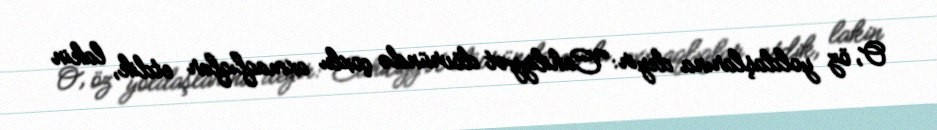
O, öz yoldaşlarına deyir: “Cahiliyyət dövründə çoxlu axmaqlıqlar etdik, lakin